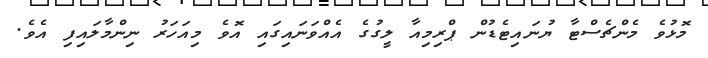
މޮޅުވެ މެންޗެސްޓާ ޔުނައިޓެޑުން ޕްރިމިއާ ލީގުގެ އެއްވަނައިގައި އޮވެ މިއަހަރު ނިންމާލައިފި އެވެ.